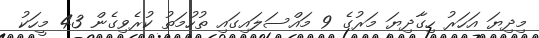
މިދިޔަ އަހަރު ހިގާދިޔަ މަރުގެ 9 މައްސަލައިގައި ތުހުމަތު ކުރެވިގެން 43 މީހަކު